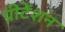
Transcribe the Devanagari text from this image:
प्रीटेंशन